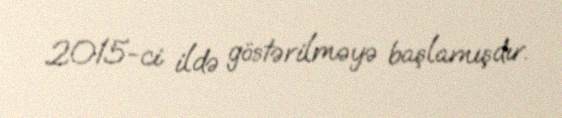
2015-ci ildə göstərilməyə başlamışdır.